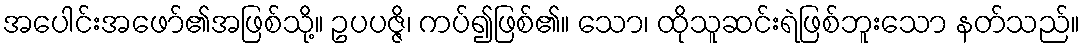
အပေါင်းအဖော်၏အဖြစ်သို့။ ဥပပဇ္ဇိ၊ ကပ်၍ဖြစ်၏။ သော၊ ထိုသူဆင်းရဲဖြစ်ဘူးသော နတ်သည်။